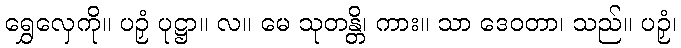
ရွှေလှေကို။ ပဉှံ ပုဋ္ဌာ။ လ။ မေ သုတန္တိ၊ ကား။ သာ ဒေဝတာ၊ သည်။ ပဉှံ၊